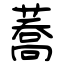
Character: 蕎